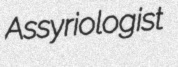
Assyriologist